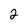
Character: 2